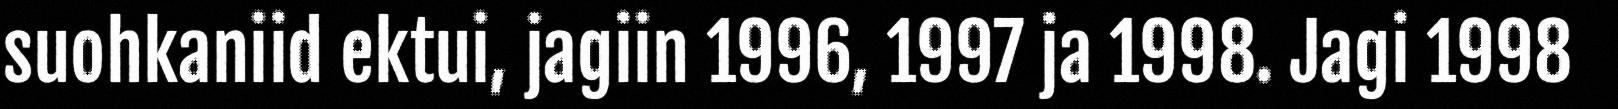
suohkaniid ektui, jagiin 1996, 1997 ja 1998. Jagi 1998